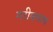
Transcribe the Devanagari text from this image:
गरीबनाथ